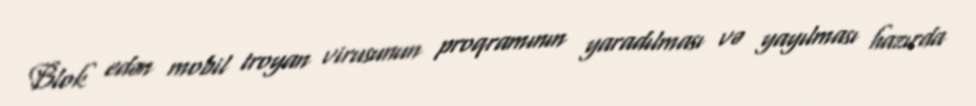
Blok edən mobil troyan virusunun proqramının yaradılması və yayılması hazırda